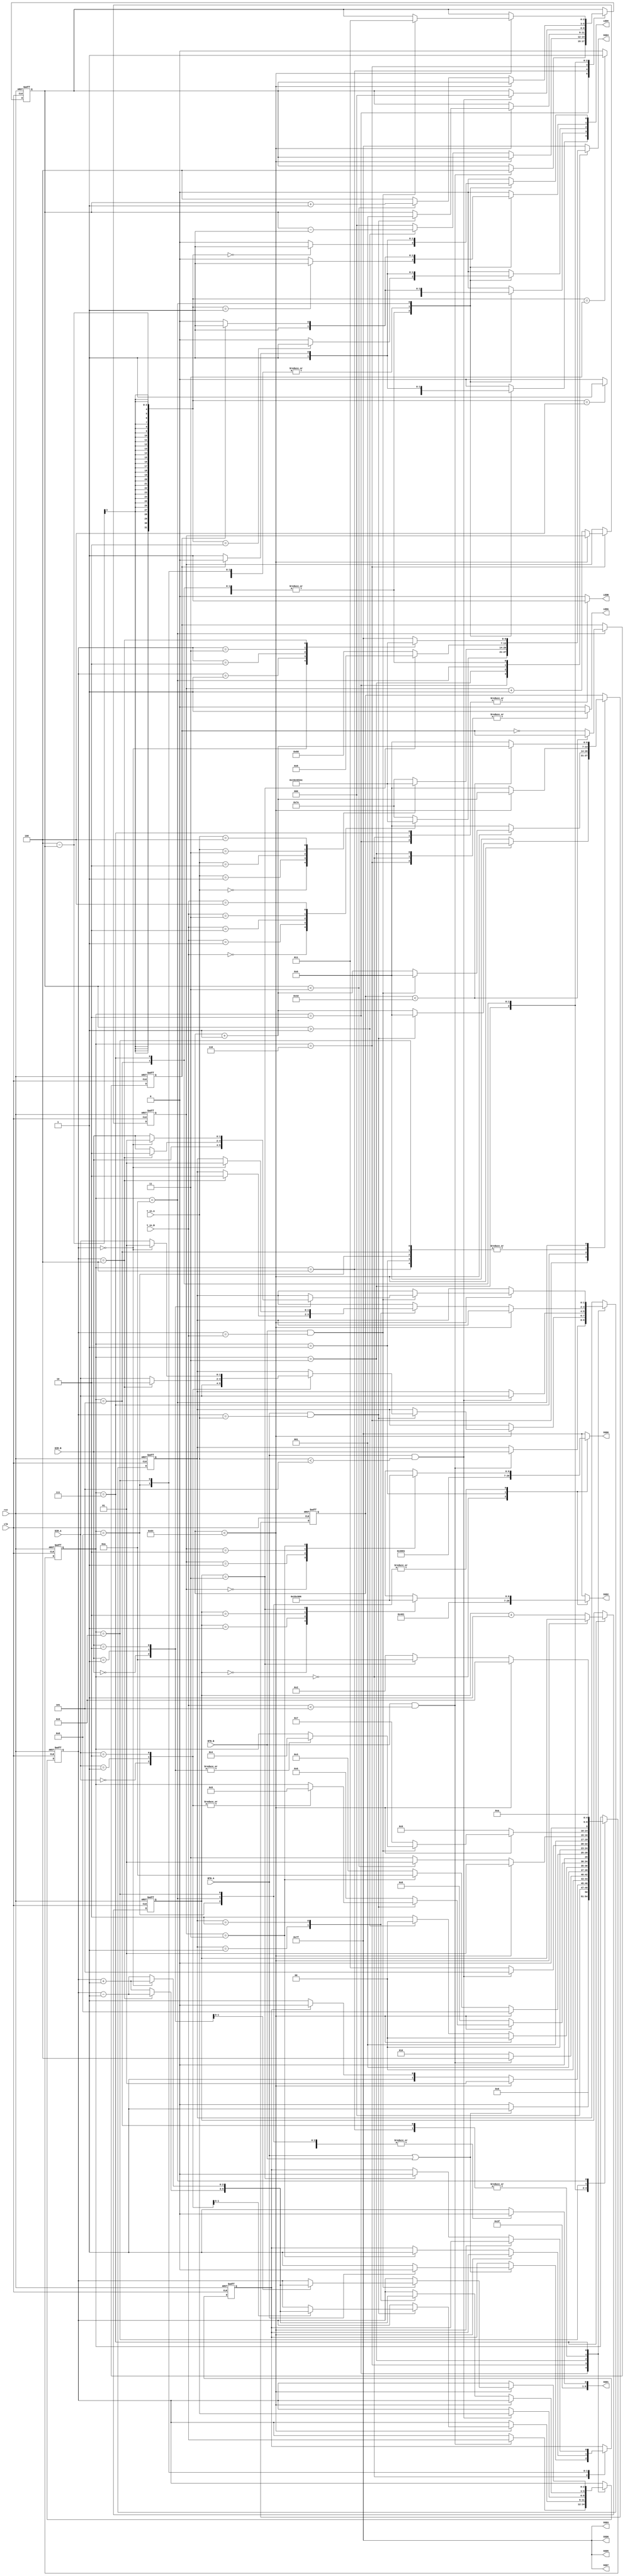
module hockey(

    input clk,
    input rst,
    
    input BTN_A,
    input BTN_B,
    
    input [1:0] DIR_A,
    input [1:0] DIR_B,
    
    input [2:0] Y_in_A,
    input [2:0] Y_in_B,
   
    output reg LEDA,
    output reg LEDB,
    output reg [4:0] LEDX,
    
    output reg [6:0] SSD7,
    output reg [6:0] SSD6,
    output reg [6:0] SSD5,
    output reg [6:0] SSD4, 
    output reg [6:0] SSD3,
    output reg [6:0] SSD2,
    output reg [6:0] SSD1,
    output reg [6:0] SSD0   
    

    
    );

    reg [2:0] X_COORD;
    reg [2:0] Y_COORD;
    reg turn;
    reg [6:0] timer;
    reg [6:0] timer_constraint = 7'd100;
    reg [4:0] state;
    reg [1:0] dirY;
    reg [1:0] scoreB;
    reg [1:0] scoreA;
    parameter IDLE =0, DISP =1, HIT_B=2, HIT_A=3, SEND_A=4, SEND_B=5, RESP_A=6, RESP_B=7, GOAL_B=8, GOAL_A=9, END_STATE=10;
    reg [6:0] display;
    reg [6:0] a =7'b0001000;
    reg [6:0] b =7'b1100000;
    reg [6:0] zero = 7'b0000001;
    reg [6:0] one =7'b1001111;
    reg [6:0] two =7'b0010010;
    reg [6:0] three =7'b0000110;
    reg [6:0] four =7'b1001100;
    reg [6:0] empty =7'b1111111;
    reg [6:0] dash  =7'b1111110;
    
    reg led_blink = 0;
    // you may use additional always blocks or drive SSDs and LEDs in one always block
    // for state machine and memory elements 

    always @(posedge clk or posedge rst)
    begin
        if (rst) begin
            turn <= 0;
            X_COORD <= 3'b0;
            scoreB <= 0;
            scoreA <= 0;
            Y_COORD <= 3'b0;
            timer <= 6'b0;
            state <= IDLE;
            dirY <=0;
            led_blink <= 0;
        end
        else begin
            case (state)
                IDLE: begin
                    if(BTN_A != 0 | BTN_B != 0) begin
                        if (BTN_A ==1) begin
                            turn <= 0;
                        end
                        else begin
                            turn <= 1;
                        end
                        state <= DISP;
                    end
                    else begin
                        state <= IDLE;
                    end
                end   
                
                DISP: begin
                    if(timer < timer_constraint) begin
                        timer <= timer+1;
                        state <= DISP;
                    end
                    else begin
                        timer <= 6'b0;
                        if(turn==1)begin
                            state<=HIT_B;
                        end
                        else begin
                            state<=HIT_A;
                        end
                    end
                end    
                
                HIT_B: begin
                    if(BTN_B && (Y_in_B < 3'b101)) begin
                        X_COORD <= 3'b100;
                        Y_COORD <= Y_in_B;
                        dirY <= DIR_B;
                        state <= SEND_A;
                    end       
                    else begin
                        state <= HIT_B;
                    end  
                end    
                
                SEND_A:  begin
                    if(timer<timer_constraint) begin
                        timer <= timer + 1;
                        state <= SEND_A;
                    end
                    else begin
                        timer <=6'b0;
                        case(dirY)
                            2'b10: begin
                                if(Y_COORD==3'b0) begin
                                    dirY <= 2'b01;
                                    Y_COORD <= Y_COORD +1;
                                end
                                else begin
                                    Y_COORD <= Y_COORD-1; 
                                end
                            end
                            
                            2'b01: begin
                                if(Y_COORD==3'b100) begin
                                    dirY <= 2'b10;
                                    Y_COORD <= Y_COORD - 1;
                                end
                                else begin
                                    Y_COORD <= Y_COORD + 1; 
                                end
                            end
                            
                            2'b00: begin end
                        
                        endcase
                        if(X_COORD > 3'b001) begin
                            X_COORD <= X_COORD - 1;
                            state <= SEND_A;
                        end
                        else begin 
                            X_COORD <= 0;
                            state <= RESP_A;
                        end
                    end
                end 
                   
                RESP_A: begin
                    if(timer<timer_constraint) begin
                        if(BTN_A && Y_COORD == Y_in_A) begin
                            X_COORD <=1;
                            timer <= 6'b0;
                            case(DIR_A)
                                2'b00: begin
                                    dirY <= DIR_A;
                                    state <= SEND_B;
                                end
                                    
                                2'b01: begin
                                    if(Y_COORD == 3'b100) begin
                                        dirY <= 2'b10;
                                        Y_COORD <= Y_COORD -1;
                                        state <= SEND_B;
                                    end
                                    else begin
                                        dirY <= DIR_A;
                                        Y_COORD <= Y_COORD +1;
                                        state <= SEND_B;
                                    end
                                end
                                    
                                2'b10: begin
                                    if (Y_COORD == 3'b0) begin
                                        dirY <= 2'b01;
                                        Y_COORD <= Y_COORD +1;
                                        state <= SEND_B;
                                    end
                                    else begin
                                        dirY <= DIR_A;
                                        Y_COORD <= Y_COORD -1;
                                        state <= SEND_B;
                                    end
                                end
                            endcase   
                        end
                        else begin
                            timer <= timer +1;
                            state <= RESP_A;
                        end
                    end  
                    else begin
                        timer <= 6'b0;
                        scoreB <= scoreB + 1;
                        state <= GOAL_B;
                    end   
                end
                
                GOAL_B: begin
                    if(timer<timer_constraint) begin
                        timer <= timer + 1;
                        state <= GOAL_B;
                    end
                    else begin
                        timer <= 6'b0;
                        if(scoreB == 2'b11) begin
                            turn <= 1;
                            state <= END_STATE;
                        end
                        else begin
                            state <= HIT_A;
                        end
                    end
                end
                
                HIT_A: begin
                    if(BTN_A && (Y_in_A<3'b101)) begin
                        X_COORD <=0;
                        Y_COORD <= Y_in_A;
                        dirY <= DIR_A;
                        state <= SEND_B;
                    end
                    else begin
                        state <= HIT_A;
                    end
                end   
                
                SEND_B: begin
                    if(timer<timer_constraint) begin
                        timer <= timer + 1;
                        state <= SEND_B;
                    end
                    else begin
                        timer <= 6'b0;
                        case(dirY)
                            2'b00: begin end
                            2'b01: begin
                                if(Y_COORD == 3'b100) begin
                                    dirY <= 2'b10;
                                    Y_COORD <= Y_COORD -1;
                                end
                                else begin
                                    Y_COORD <= Y_COORD +1;
                                end
                            end
                            
                            2'b10: begin
                                if(Y_COORD == 3'b0) begin
                                    dirY <= 2'b01;
                                    Y_COORD <= Y_COORD +1;
                                end
                                else begin
                                    Y_COORD <= Y_COORD -1;
                                end
                            end
                        endcase
                        if(X_COORD < 3'b011) begin
                            X_COORD <= X_COORD +1;
                            state <= SEND_B;
                        end
                        else begin
                            X_COORD <= 4;
                            state <= RESP_B;
                        end
                    end
                end
                
                RESP_B: begin
                    if(timer<timer_constraint) begin
                        if (BTN_B && (Y_COORD==Y_in_B)) begin
                            X_COORD <= 3'b011;
                            timer <= 6'b0;
                            case(DIR_B)
                                2'b00: begin
                                    dirY <= DIR_B;
                                    state <= SEND_A;
                                end
                                2'b01: begin
                                    if(Y_COORD == 3'b100) begin
                                        dirY <= 2'b10;
                                        Y_COORD <= Y_COORD -1;
                                        state <= SEND_A;
                                    end
                                    else begin
                                        dirY <= DIR_B;
                                        Y_COORD <= Y_COORD +1;
                                        state <= SEND_A;
                                    end
                                end
                                2'b10: begin
                                    if(Y_COORD == 3'b0) begin
                                        dirY <= 2'b01;
                                        Y_COORD <= Y_COORD +1;
                                        state <= SEND_A;
                                    end
                                    else begin
                                        dirY <= DIR_B;
                                        Y_COORD <= Y_COORD -1;
                                        state <= SEND_A;
                                    end
                                end
                            endcase
                            
                        end
                        else begin
                            timer <= timer +1;
                            state <= RESP_B;
                        end
                    end
                    else begin
                        timer <= 6'b0;
                        scoreA <= scoreA +1;
                        state <= GOAL_A;
                    end
                end
                
                GOAL_A: begin
                    if(timer<timer_constraint) begin
                        timer <= timer +1;
                        state <= GOAL_A;
                    end
                    else begin
                        timer <= 6'b0;
                        if(scoreA==2'b11) begin
                            turn <= 0;
                            state <= END_STATE;
                        end
                        else begin
                            state <= HIT_B;
                        end
                    end
                end 
                  
                END_STATE: begin
                    state <= END_STATE;
                    if(timer<50) begin
                        timer <= timer + 1;
                    end
                    else begin
                        led_blink <= led_blink ^ 1;
                        timer <= 0;
                    end
                    
                end
                
     
            endcase    
        end        
    end
    
    // for LEDs
    always @ (*)
    begin
        case(state)
            IDLE: begin
                LEDA = 1;
                LEDB = 1;
                LEDX[0] = 0;
                LEDX[1] = 0;
                LEDX[2] = 0;
                LEDX[3] = 0;
                LEDX[4] = 0;
            end
            DISP: begin
                LEDA = 0;
                LEDB = 0;
                LEDX[0] = 1;
                LEDX[1] = 1;
                LEDX[2] = 1;
                LEDX[3] = 1;
                LEDX[4] = 1;
            end
            HIT_B: begin
                LEDA = 0;
                LEDB = 1;
                LEDX[0] = 0;
                LEDX[1] = 0;
                LEDX[2] = 0;
                LEDX[3] = 0;
                LEDX[4] = 0;
            end
            HIT_A: begin
                LEDA = 1;
                LEDB = 0;
                LEDX[0] = 0;
                LEDX[1] = 0;
                LEDX[2] = 0;
                LEDX[3] = 0;
                LEDX[4] = 0;
            end
            SEND_A: begin
                LEDA = 0;
                LEDB = 0;
                LEDX = 0;
                LEDX[4-X_COORD] = 1;
            end
            SEND_B: begin
                LEDA = 0;
                LEDB = 0;
                LEDX = 0;
                LEDX[4-X_COORD] = 1;
            end
            RESP_A: begin
                LEDA = 1;
                LEDB = 0;
                LEDX = 0;
                LEDX[4-X_COORD] = 1;
            end
            RESP_B: begin
                LEDA = 0;
                LEDB = 1;
                LEDX = 0;
                LEDX[4-X_COORD] = 1;
            end
            GOAL_B: begin
                LEDA = 0;
                LEDB = 0;
                LEDX[0] = 1;
                LEDX[1] = 1;
                LEDX[2] = 1;
                LEDX[3] = 1;
                LEDX[4] = 1;
            end
            GOAL_A: begin
                LEDA = 0;
                LEDB = 0;
                LEDX[0] = 1;
                LEDX[1] = 1;
                LEDX[2] = 1;
                LEDX[3] = 1;
                LEDX[4] = 1;
            end
            END_STATE: begin
                LEDA = 0;
                LEDB = 0;
                if(~led_blink) begin
                    LEDX[0] = 1;
                    LEDX[1] = 0;
                    LEDX[2] = 1;
                    LEDX[3] = 0;
                    LEDX[4] = 1;
                end
                else begin
                    LEDX[0] = 0;
                    LEDX[1] = 1;
                    LEDX[2] = 0;
                    LEDX[3] = 1;
                    LEDX[4] = 0;
                end
            end
            
            default: begin
                LEDA = 0;
                LEDB = 0;
                LEDX = 0;
            end
        endcase
    end
    
    
    
    
    
    
    
    
    
    
    //for SSDs
    always @ (*)
    begin
        case (state)
            IDLE: begin
                SSD7 = empty;
                SSD6 = empty;
                SSD5 = empty;
                SSD4 = empty;
                SSD3 = empty;
                SSD2 = a;
                SSD1 = dash;
                SSD0 = b;
            end
            DISP: begin
                SSD7 = empty;
                SSD6 = empty;
                SSD5 = empty;
                SSD4 = empty;
                SSD3 = empty;
                SSD2 = zero;
                SSD1 = dash;
                SSD0 = zero;
            end
            HIT_B: begin
                SSD7 = empty;
                SSD6 = empty;
                case(Y_in_B)
                3'b000:begin SSD4 = zero; end
                3'b001:begin SSD4 = one;end
                3'b010:begin SSD4 = two; end
                3'b011:begin SSD4 = three;end
                3'b100:begin SSD4 = four; end
                default: SSD4 = dash;
               endcase
                SSD5 = empty;
                
                SSD3 = empty;
                SSD2 = empty;
                SSD1 = empty;
                SSD0 = empty;
                end
            HIT_A:begin
                SSD7 = empty;
                SSD6 = empty;
                SSD5 = empty;
                case(Y_in_A)
                3'b000:begin SSD4 = zero; end
                3'b001:begin SSD4 = one;end
                3'b010:begin SSD4 = two; end
                3'b011:begin SSD4 = three;end
                3'b100:begin SSD4 = four; end
                default:begin SSD4 = dash;end
                endcase
                
                SSD3 = empty;
                SSD2 = empty;
                SSD1 = empty;
                SSD0 = empty;  
                end      
            END_STATE:begin
                SSD7 = empty;
                SSD6 = empty;
                SSD5 = empty;
                SSD3 = empty;
                if(scoreA==3)begin
                    SSD4 = a;
                end
                else begin 
                    SSD4 =b;
                end
                case(scoreA)
                    2'b00:
                        SSD2 = zero;
                    2'b01:
                        SSD2 = one;
                    2'b10:
                        SSD2 = two;
                    2'b11:
                        SSD2 = three;
                endcase
                
                SSD1 = dash;
                
                case(scoreB)
                    2'b00:
                        SSD0 = zero;
                    2'b01:
                        SSD0 = one;
                    2'b10:
                        SSD0 = two;
                    2'b11:
                        SSD0 = three;
                endcase
            end
            
            SEND_A: begin
                SSD7 = empty;
                SSD6 = empty;
                SSD5 = empty;
                
                SSD3 = empty;
                SSD2 = empty;
                SSD1 = empty;
                SSD0 = empty;
                case (Y_COORD)
                    3'b000:
                    SSD4 =zero;
                    3'b001:
                    SSD4 =one;
                    3'b010:
                    SSD4 =two;
                    3'b011:
                    SSD4 =three;
                    3'b100:
                    SSD4 =four;
                    default: begin 
                    SSD4 = empty;
                    end
                endcase
            end
            
            SEND_B: begin
                SSD7 = empty;
                SSD6 = empty;
                SSD5 =empty;
                
                SSD3 = empty;
                SSD2 = empty;
                SSD1 = empty;
                SSD0 = empty;
                case (Y_COORD)
                    3'b000:
                    SSD4 =zero;
                    3'b001:
                    SSD4 =one;
                    3'b010:
                    SSD4 =two;
                    3'b011:
                    SSD4 =three;
                    3'b100:
                    SSD4 =four;
                    default: begin 
                    SSD4 = empty;
                    end
                endcase
            end
            
            RESP_A: begin
                SSD7 = empty;
                SSD6 = empty;
                SSD5 = empty;
                
                SSD3 = empty;
                SSD2 = empty;
                SSD1 = empty;
                SSD0 = empty;
                case (Y_COORD)
                    3'b000:
                    SSD4 =zero;
                    3'b001:
                    SSD4 =one;
                    3'b010:
                    SSD4 =two;
                    3'b011:
                    SSD4 =three;
                    3'b100:
                    SSD4 =four;
                    default: begin 
                    SSD4 = empty;
                    end
                endcase
            end
            
            RESP_B: begin
                SSD7 = empty;
                SSD6 = empty;
                SSD5 =empty;
                
                SSD3 = empty;
                SSD2 = empty;
                SSD1 = empty;
                SSD0 = empty;
                case (Y_COORD)
                    3'b000:
                    SSD4 =zero;
                    3'b001:
                    SSD4 =one;
                    3'b010:
                    SSD4 =two;
                    3'b011:
                    SSD4 =three;
                    3'b100:
                    SSD4 =four;
                    default: begin 
                    SSD4 = empty;
                    end
                endcase
            end
            GOAL_A: begin
                SSD7 = empty;
                SSD6 = empty;
                SSD5 = empty;
                SSD4 = empty;
                SSD3 = empty;
                
                SSD1 = dash;
                
            
                case(scoreA)
                    2'b00:
                    SSD2 =zero;
                    2'b01:
                    SSD2 =one;
                    2'b10:
                    SSD2 =two;
                    2'b11:
                    SSD2 =three;
                endcase
                case(scoreB)
                    2'b00:
                    SSD0 =zero;
                    2'b01:
                    SSD0 =one;
                    2'b10:
                    SSD0 =two;
                    2'b11:
                    SSD0 =three;
                endcase
            end
            
            GOAL_B: begin
                SSD7 = empty;
                SSD6 = empty;
                SSD5 = empty;
                SSD4 = empty;
                SSD3 = empty;
                
                SSD1 = dash;
                
            
                case(scoreA)
                    2'b00:
                    SSD2 =zero;
                    2'b01:
                    SSD2 =one;
                    2'b10:
                    SSD2 =two;
                    2'b11:
                    SSD2 =three;
                endcase
                case(scoreB)
                    2'b00:
                    SSD0 =zero;
                    2'b01:
                    SSD0 =one;
                    2'b10:
                    SSD0 =two;
                    2'b11:
                    SSD0 =three;
                endcase
            end
            default: begin
                SSD7 = empty;
                SSD6 = empty;
                SSD5 =empty;
                SSD4 =empty;
                SSD3 = empty;
                SSD2 = empty;
                SSD1 = empty;
                SSD0 = empty;
            end
        endcase
    end
endmodule